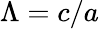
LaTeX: \Lambda=c/a